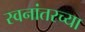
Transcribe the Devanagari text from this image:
स्वनांतरच्या